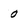
Character: 0